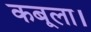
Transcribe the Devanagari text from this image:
कबूला।